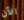
الآن